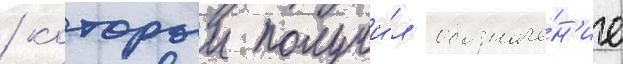
/ которыи получи́л обозначе́н'ие